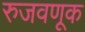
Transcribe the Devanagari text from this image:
रुजवणूक